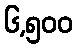
၆,၅၀၀